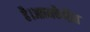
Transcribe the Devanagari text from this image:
है।आत्मकैद्रित